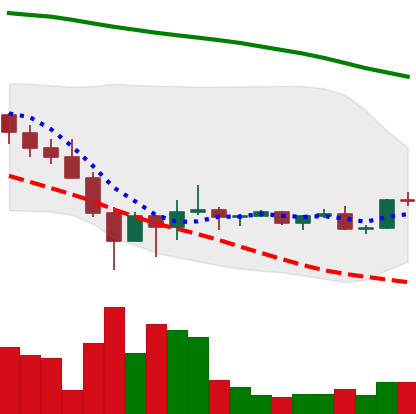
Ticker: DOGE-USD
Chart end date: 2022-02-05
Forward return: 3.227%
Label: up_3_5